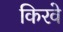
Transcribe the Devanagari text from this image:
किरवे